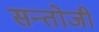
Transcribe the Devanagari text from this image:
सन्तोजी